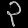
Digit: ၃